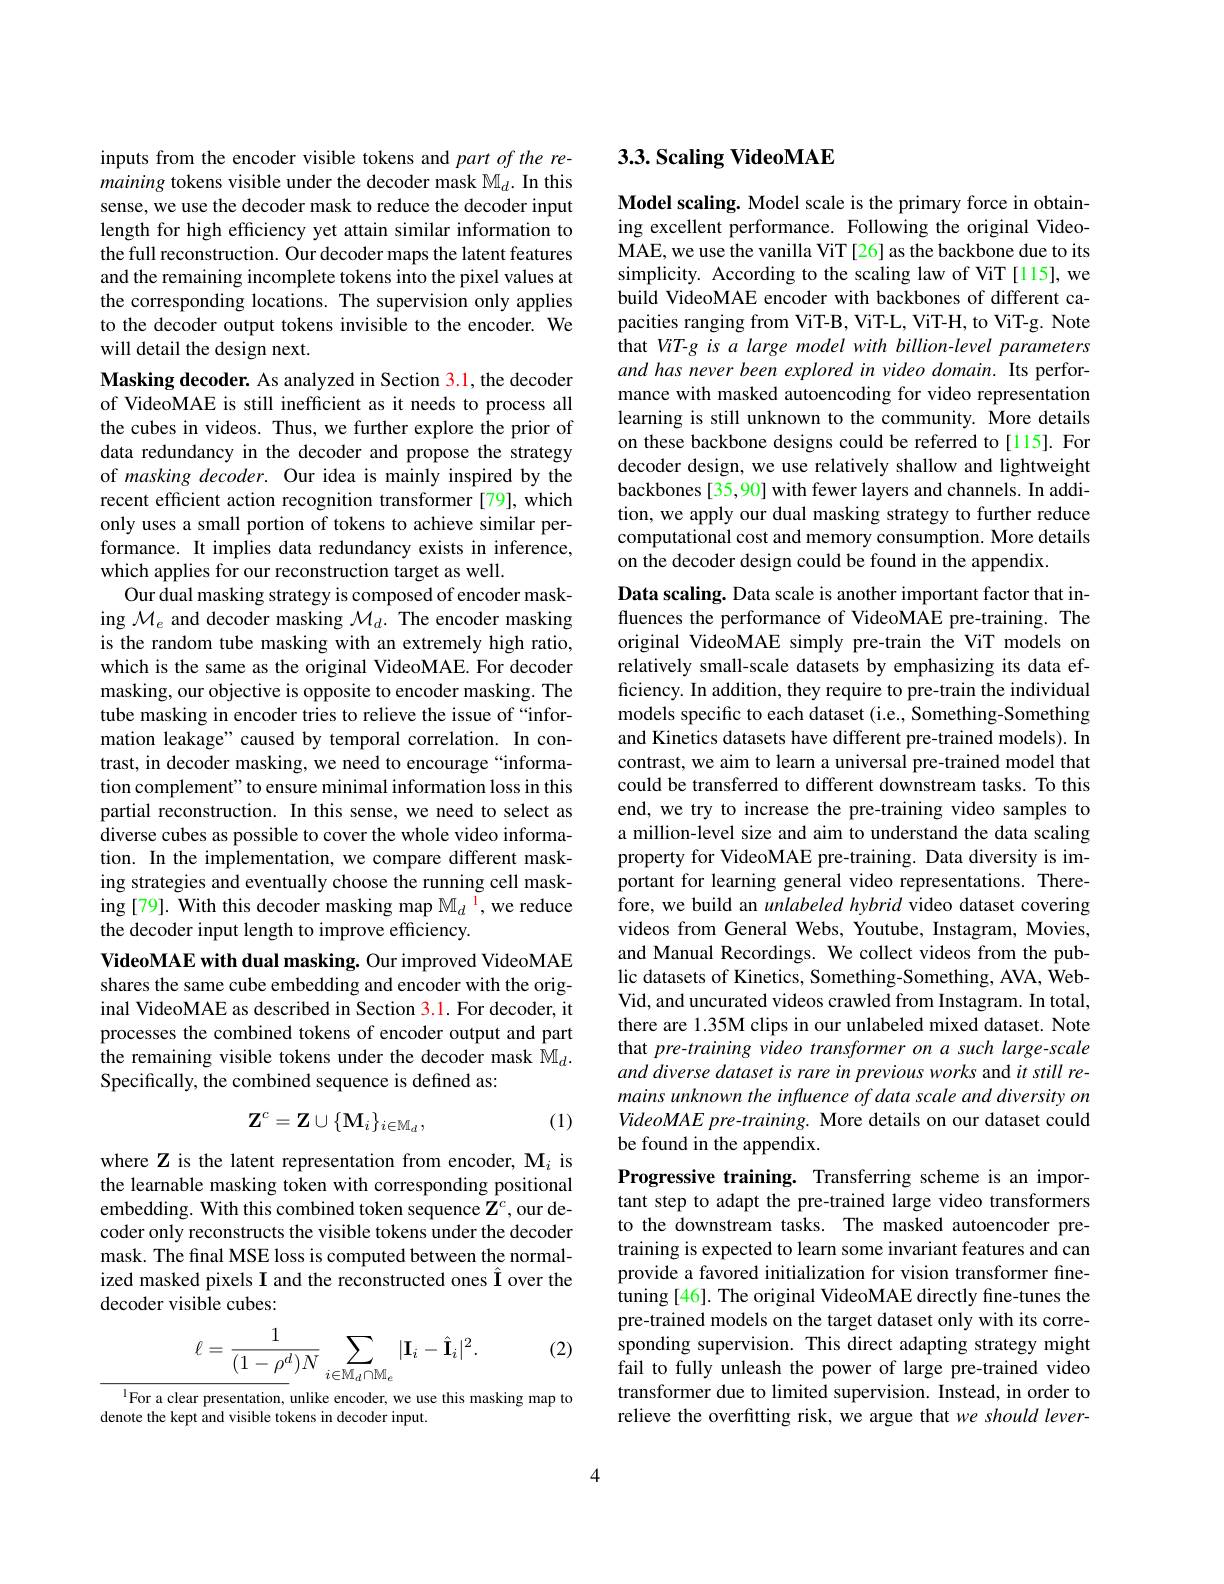
inputs from the encoder visible tokens and part of the remaining tokens visible under the decoder mask $\mathbb{M}_d.$ In this sense, we use the decoder mask to reduce the decoder input length for high efficiency yet attain similar information to the full reconstruction. Our decoder maps the latent features and the remaining incomplete tokens into the pixel values at the corresponding locations. The supervision only applies to the decoder output tokens invisible to the encoder. We will detail the design next.

Masking decoder. As analyzed in Section 3.1, the decoder of VideoMAE is still inefficient as it needs to process all the cubes in videos. Thus, we further explore the prior of data redundancy in the decoder and propose the strategy of masking decoder. Our idea is mainly inspired by the recent efficient action recognition transformer [79], which only uses a small portion of tokens to achieve similar performance. It implies data redundancy exists in inference, which applies for our reconstruction target as well.
Our dual masking strategy is composed of encoder masking $\mathcal{M}_e$ and decoder masking $\mathcal{M}_d.$ The encoder masking is the random tube masking with an extremely high ratio, which is the same as the original VideoMAE. For decoder masking, our objective is opposite to encoder masking. The tube masking in encoder tries to relieve the issue of “information leakage" caused by temporal correlation. In contrast, in decoder masking, we need to encourage “information complement" to ensure minimal information loss in this partial reconstruction. In this sense, we need to select as diverse cubes as possible to cover the whole video information. In the implementation, we compare different masking strategies and eventually choose the running cell masking[79]. With this decoder masking map $\mathbb{M}_d^{\mathrm{~I}}$,we reduce the decoder input length to improve efficiency.
VideoMAE with dual masking. Our improved VideoMAE shares the same cube embedding and encoder with the original VideoMAE as described in Section 3.1. For decoder, it processes the combined tokens of encoder output and part the remaining visible tokens under the decoder mask $\mathbb{M}_d.$ Specifically, the combined sequence is defined as:
$$\mathbf{Z}^c=\mathbf{Z}\cup\{\mathbf{M}_i\}_{i\in\mathbb{M}_d},$$
(1)

where Z is the latent representation from encoder, Mi is the learnable masking token with corresponding positional embedding. With this combined token sequence $\mathbf{Z}^{c}$, our decoder only reconstructs the visible tokens under the decoder mask. The final MSE loss is computed between the normalized masked pixels I and the reconstructed ones Î over the decoder visible cubes:

(2)
$$\ell=\frac{1}{(1-\rho^{d})N}\sum_{i\in\mathbb{M}_{d}\cap\mathbb{M}_{e}}|\mathbf{I}_{i}-\hat{\mathbf{I}}_{i}|^{2}.$$
$^{1}$For a clear presentation, unlike encoder, we use this masking map to
denote the kept and visible tokens in decoder input.

## 3.3. Scaling VideoMAE

Model scaling. Model scale is the primary force in obtaining excellent performance. Following the original VideoMAE, we use the vanilla ViT [26] as the backbone due to its simplicity. According to the scaling law of ViT [115], we build VideoMAE encoder with backbones of different capacities ranging from ViT-B, ViT-L, ViT-H, to ViT-g. Note that ViT-g is a large model with billion-level parameters and has never been explored in video domain. Its performance with masked autoencoding for video representation learning is still unknown to the community. More details on these backbone designs could be referred to[115]. For decoder design, we use relatively shallow and lightweight backbones[35,90] with fewer layers and channels. In addition, we apply our dual masking strategy to further reduce computational cost and memory consumption. More details on the decoder design could be found in the appendix.

Data scaling. Data scale is another important factor that influences the performance of VideoMAE pre-training. The original VideoMAE simply pre-train the ViT models on relatively small-scale datasets by emphasizing its data efficiency. In addition, they require to pre-train the individual models specific to each dataset (i.e., Something-Something and Kinetics datasets have different pre-trained models). In contrast, we aim to learn a universal pre-trained model that could be transferred to different downstream tasks. To this end, we try to increase the pre-training video samples to a million-level size and aim to understand the data scaling property for VideoMAE pre-training. Data diversity is important for learning general video representations. Therefore, we build an unlabeled hybrid video dataset covering videos from General Webs, Youtube, Instagram, Movies, and Manual Recordings. We collect videos from the public datasets of Kinetics, Something-Something, AVA, WebVid, and uncurated videos crawled from Instagram. In total, there are 1.35M clips in our unlabeled mixed dataset. Note that pre-training video transformer on a such large-scale and diverse dataset is rare in previous works and it still remains unknown the influence of data scale and diversity on VideoMAE pre-training. More details on our dataset could be found in the appendix.
Progressive training. Transferring scheme is an important step to adapt the pre-trained large video transformers to the downstream tasks. The masked autoencoder pretraining is expected to learn some invariant features and can provide a favored initialization for vision transformer finetuning [46]. The original VideoMAE directly fine-tunes the pre-trained models on the target dataset only with its corresponding supervision. This direct adapting strategy might fail to fully unleash the power of large pre-trained video transformer due to limited supervision. Instead, in order to

relieve the overfitting risk, we argue that we should lever-

4